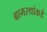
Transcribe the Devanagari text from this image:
ग्रामस्‍थांकडे